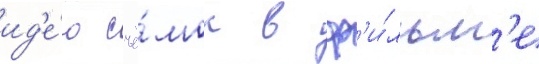
ид'е́ю съё́мок в ф'и́льм'е